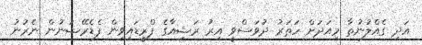
އަދި ގެއްލުނުތާ މިއަދަށް ހަތަރު ދުވަސްވީ އިރު ރަޝިއާގެ ފްރީޑައިވިން ފެޑެރޭޝަނުން ނެރުނު